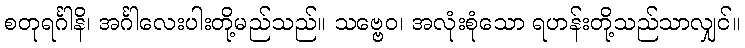
စတုရင်္ဂါနိ၊ အင်္ဂါလေးပါးတို့မည်သည်။ သဗ္ဗေဝ၊ အလုံးစုံသော ရဟန်းတို့သည်သာလျှင်။